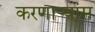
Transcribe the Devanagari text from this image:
करणाऱ्यांस